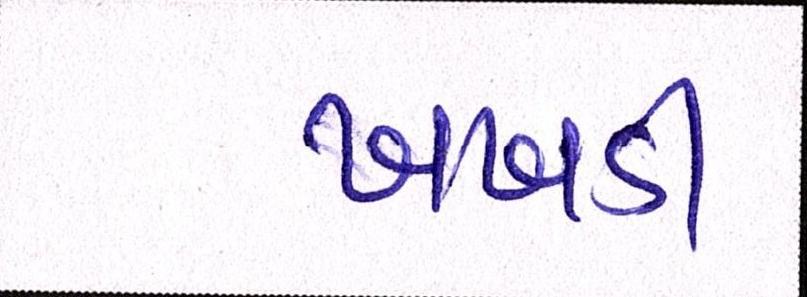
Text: ખખડી